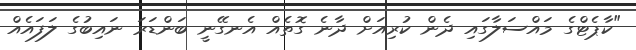
"ކާޕެޓްގެ މައްސަލާގައި ދެން ކުރިއަށް ދާނެ ގޮތެއް އެނގޭނީ ބަންޑަރަ ނައިބުގެ ލަފައެއް